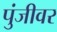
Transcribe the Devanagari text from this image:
पुंजीवर